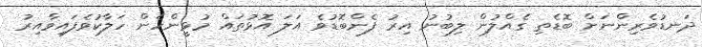
ދަނޑުވެރިންނަށް ބޮޑެތި ގެއްލުން ލިބުނު އިރު ފެންބޮޑުވެ އަލަ އޮޅުތައް މުޅީންހެން ހަލާކުވެފައިވާއިރު